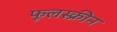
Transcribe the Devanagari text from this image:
फूलस्क्रीन